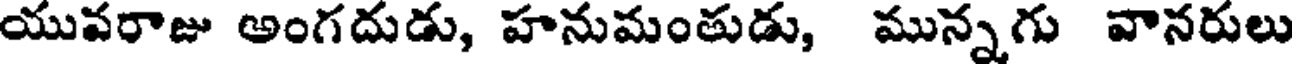
యువరాజు అంగదుడు, హనుమంతుడు, మున్నగు వానరులు